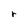
Character: r